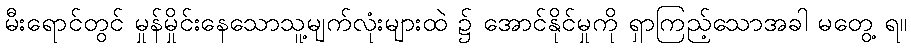
မီးရောင်တွင် မှုန်မှိုင်းနေသောသူ့မျက်လုံးများထဲ ၌ အောင်နိုင်မှုကို ရှာကြည့်သောအခါ မတွေ့ ရ။